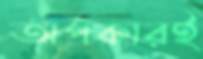
অপকারই